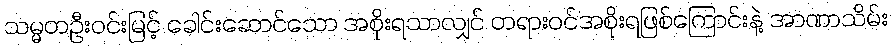
သမ္မတဦးဝင်းမြင့် ခေါင်းဆောင်သော အစိုးရသာလျှင် တရားဝင်အစိုးရဖြစ်ကြောင်းနဲ့ အာဏာသိမ်း